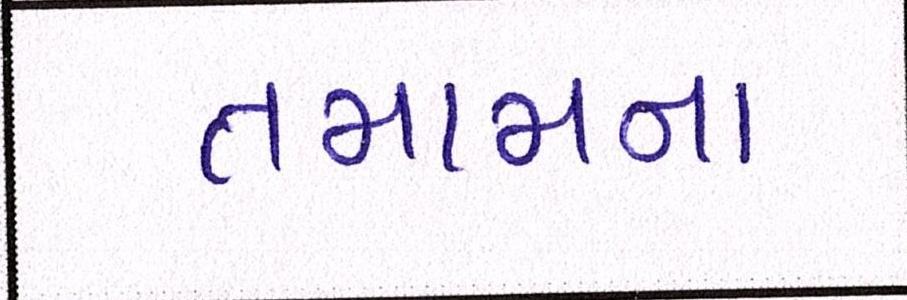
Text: તમામના